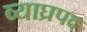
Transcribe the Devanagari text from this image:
व्याघ्रपद